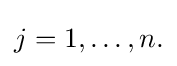
{\textstyle j=1,\ldots ,n.}